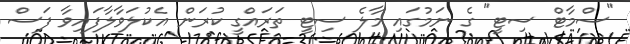
"ސްމާޓް ސިޓީ" ގެ ނަމުގައި މާލެ ސިޓީ ތަރައްގީ ކުރަން އެކުލަވާލާފައިވާ ފަސް